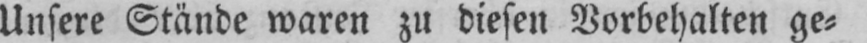
Unsere Stände waren zu diesen Vorbehalten ge⸗